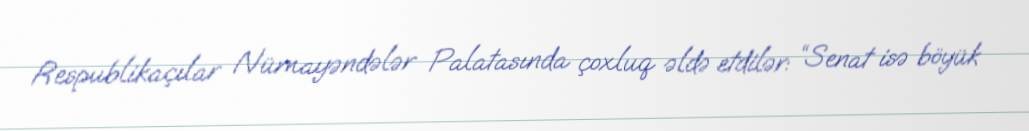
Respublikaçılar Nümayəndələr Palatasında çoxluq əldə etdilər: “Senat isə böyük